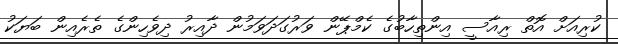
ކުރިއަށް އޮތް ރިއާސީ އިންތިހާބުގެ ކެމްޕޭން ވަރުގަދަވަމުން ދާއިރު ދިވެހިންގެ ތެރެއިން ބަޔަކު